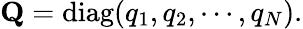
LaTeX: \mathrm{{\mathbf Q}}=\mathrm{diag}(q_{1},q_{2},\cdots,q_{N}).